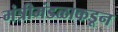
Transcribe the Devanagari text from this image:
मंत्रीमंडळाकडून